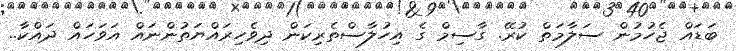
ބަޑައް ޖެހުމުން ސަލާމަތް ކުރޭ. ގާސިމް ގެ އިހުލާސްތެރިކަން ދިވެހިރައްޔަތުންނައް އަވަހައް ދައްކާ..